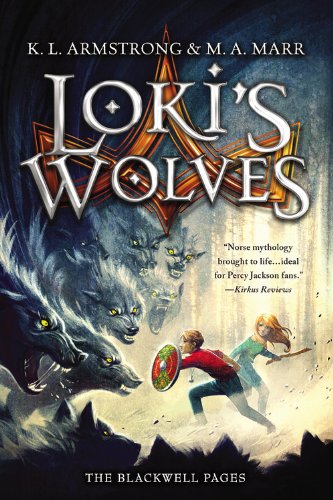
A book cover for Loki's Wolves (Blackwell Pages); K. L. Armstrong; Children's Books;